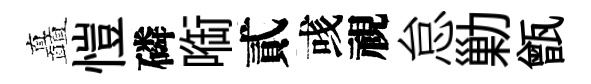
矗愷磷㗸貳彧視怠勦甑